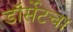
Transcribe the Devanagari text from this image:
डॉर्सेटचा